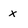
Character: x